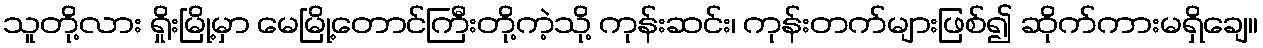
သူတို့လား ရှိုးမြို့မှာ မေမြို့တောင်ကြီးတို့ကဲ့သို့ ကုန်းဆင်း၊ ကုန်းတက်များဖြစ်၍ ဆိုက်ကားမရှိချေ။